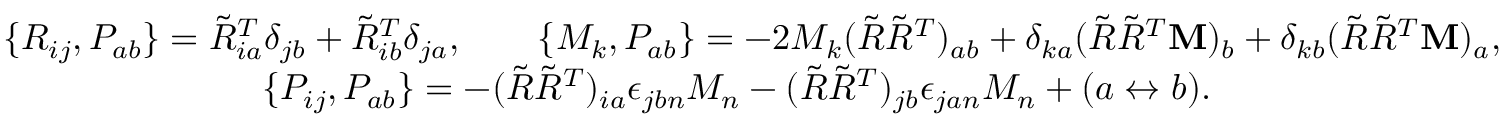
\begin{array} { r } { \{ R _ { i j } , P _ { a b } \} = \tilde { R } _ { i a } ^ { T } \delta _ { j b } + \tilde { R } _ { i b } ^ { T } \delta _ { j a } , \qquad \{ M _ { k } , P _ { a b } \} = - 2 M _ { k } ( \tilde { R } \tilde { R } ^ { T } ) _ { a b } + \delta _ { k a } ( \tilde { R } \tilde { R } ^ { T } { \bf M } ) _ { b } + \delta _ { k b } ( \tilde { R } \tilde { R } ^ { T } { \bf M } ) _ { a } , } \\ { \{ P _ { i j } , P _ { a b } \} = - ( \tilde { R } \tilde { R } ^ { T } ) _ { i a } \epsilon _ { j b n } M _ { n } - ( \tilde { R } \tilde { R } ^ { T } ) _ { j b } \epsilon _ { j a n } M _ { n } + ( a \leftrightarrow b ) . \qquad \qquad \qquad \qquad } \end{array}